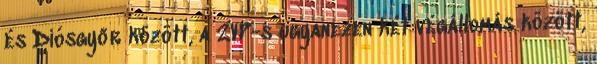
és Diósgyőr között, a 2VP-s ugyanezen két végállomás között,